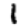
Digit: 1